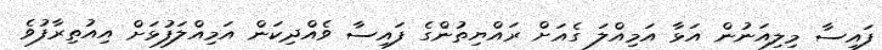
ފައިސާ މިލިއަނުން އަޅާ އަމިއްލަ ގެއަށް ރައްޔިތުންގެ ފައިސާ ވެއްދިކަން އަމިއްލަފުޅަށް އިއުތިރާފުވެ